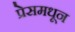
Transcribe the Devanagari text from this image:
प्रेसमधून